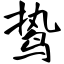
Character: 鸷